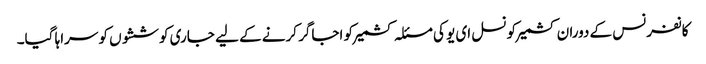
کانفرنس کے دوران کشمیرکونسل ای یو کی مسئلہ کشمیر کو اجاگر کرنے کے لیے جاری کوششوں کو سراہا گیا۔